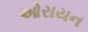
ઓરાયન